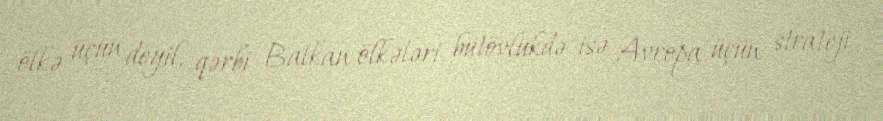
ölkə üçün deyil, qərbi Balkan ölkələri, bütövlükdə isə Avropa üçün strateji